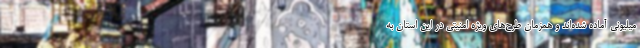
میلیونی آماده شده‌اند و همزمان طرح‌های ویژه امنیتی در این استان به